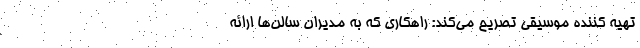
تهیه کننده موسیقی تصریح می‌کند: راهکاری که به مدیران سالن‌ها ارائه